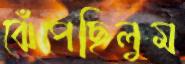
ঝেঁপেছিলুম